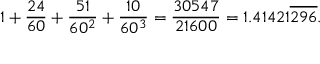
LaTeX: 1 + { \frac { 2 4 } { 6 0 } } + { \frac { 5 1 } { 6 0 ^ { 2 } } } + { \frac { 1 0 } { 6 0 ^ { 3 } } } = { \frac { 3 0 5 4 7 } { 2 1 6 0 0 } } = 1 . 4 1 4 2 1 { \overline { { 2 9 6 } } } .